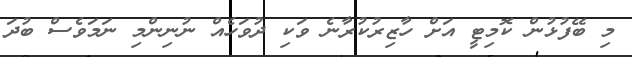
މި ބޭފުޅުން ކޮމިޓީ އަށް ހާޒިރުކުރާނެ ވަކި ދުވަހެއް ނުނިންމި ނަމަވެސް ބުދަ